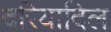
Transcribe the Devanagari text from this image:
दरियादिल